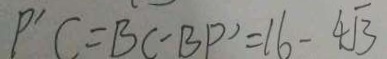
P ^ { \prime } C = B C - B P ^ { \prime } = 1 6 - 4 \sqrt { 3 }